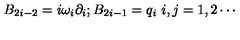
B _ { 2 i - 2 } = i \omega _ { i } \partial _ { i } ; B _ { 2 i - 1 } = q _ { i } \ i , j = 1 , 2 \cdots